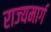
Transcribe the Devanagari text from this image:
राज्‍यमार्ग